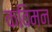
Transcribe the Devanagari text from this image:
कविमन